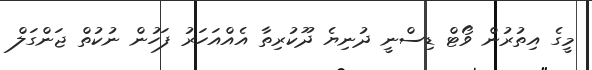
މީގެ އިތުރުން ވޯޓް ޑިސްނީ ދުނިޔެ ދޫކުރިތާ އެއްއަހަރު ފަހުން ނުކުތް ޖަންގަލް